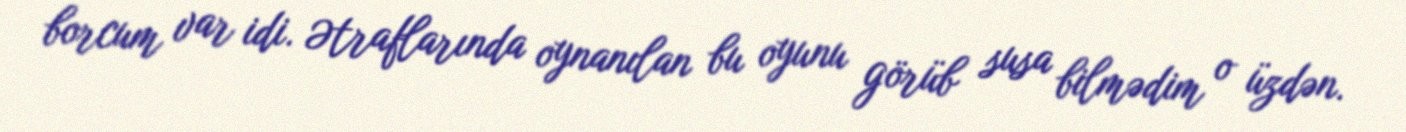
borcum var idi. Ətraflarında oynanılan bu oyunu görüb susa bilmədim o üzdən.